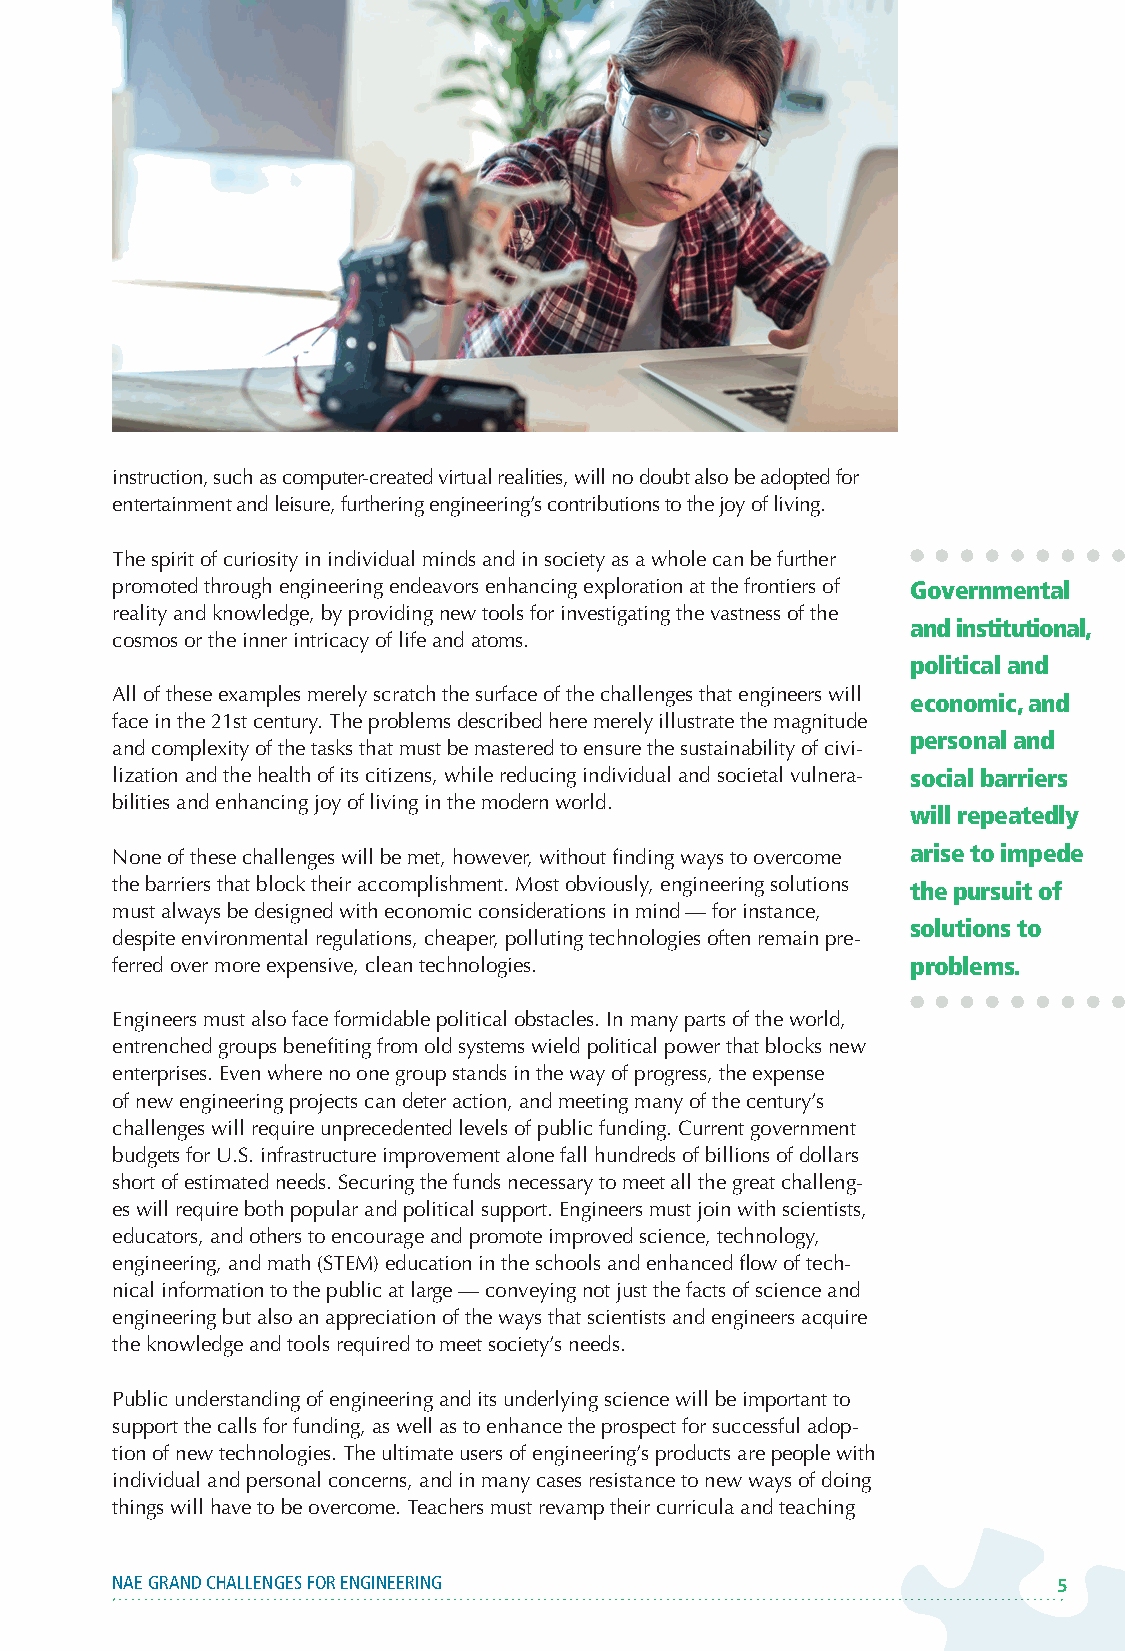
instruction, such as computer-created virtual realities, will no doubt also be adopted for
 entertainment and leisure, furthering engineering’s contributions to the joy of living.
 The spirit of curiosity in individual minds and in society as a whole can be further
 promoted through engineering endeavors enhancing exploration at the frontiers of Governmental
 reality and knowledge, by providing new tools for investigating the vastness of the
 and institutional,
 cosmos or the inner intricacy of life and atoms.
 political and
 All of these examples merely scratch the surface of the challenges that engineers will
 economic, and
 face in the 21st century. The problems described here merely illustrate the magnitude
 personal and
 and complexity of the tasks that must be mastered to ensure the sustainability of civi-
 lization and the health of its citizens, while reducing individual and societal vulnera- social barriers
 bilities and enhancing joy of living in the modern world.
 will repeatedly
 None of these challenges will be met, however, without finding ways to overcome arise to impede
 the barriers that block their accomplishment. Most obviously, engineering solutions the pursuit of
 must always be designed with economic considerations in mind — for instance,
 solutions to
 despite environmental regulations, cheaper, polluting technologies often remain pre-
 ferred over more expensive, clean technologies.      problems.
 Engineers must also face formidable political obstacles. In many parts of the world,
 entrenched groups benefiting from old systems wield political power that blocks new
 enterprises. Even where no one group stands in the way of progress, the expense
 of new engineering projects can deter action, and meeting many of the century’s
 challenges will require unprecedented levels of public funding. Current government
 budgets for U.S. infrastructure improvement alone fall hundreds of billions of dollars
 short of estimated needs. Securing the funds necessary to meet all the great challeng-
 es will require both popular and political support. Engineers must join with scientists,
 educators, and others to encourage and promote improved science, technology,
 engineering, and math (STEM) education in the schools and enhanced flow of tech-
 nical information to the public at large — conveying not just the facts of science and
 engineering but also an appreciation of the ways that scientists and engineers acquire
 the knowledge and tools required to meet society’s needs.
 Public understanding of engineering and its underlying science will be important to
 support the calls for funding, as well as to enhance the prospect for successful adop-
 tion of new technologies. The ultimate users of engineering’s products are people with
 individual and personal concerns, and in many cases resistance to new ways of doing
 things will have to be overcome. Teachers must revamp their curricula and teaching
 NAE GRAND CHALLENGES FOR ENGINEERING                           5